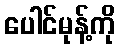
ပေါင်မုန့်ကို